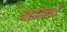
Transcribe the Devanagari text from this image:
महाऋधी